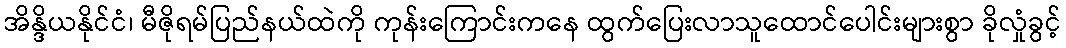
အိန္ဒိယနိုင်ငံ၊ မီဇိုရမ်ပြည်နယ်ထဲကို ကုန်းကြောင်းကနေ ထွက်ပြေးလာသူထောင်ပေါင်းများစွာ ခိုလှုံခွင့်